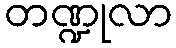
တဏ္ဍုလာ